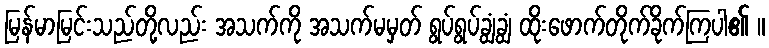
မြန်မာမြင်းသည်တို့လည်း အသက်ကို အသက်မမှတ် ရွပ်ရွပ်ချွံချွံ ထိုးဖောက်တိုက်ခိုက်ကြပါ၏ ။